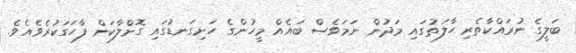
ބަލީގެ ނުރައްކާތެރި ޙާލަތުގައި މަދުން ނަމަވެސް ބައެއް މީހުންގެ ހަށިގަނޑުގައި ގޮށްލާކަން ފާހަގަކުރެވެއެވެ.